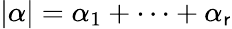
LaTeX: |\alpha|=\alpha_{1}+\cdots+\alpha_{\mathsf{r}}